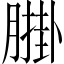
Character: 𦟺